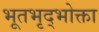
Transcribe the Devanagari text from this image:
भूतभृद्भोक्ता